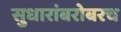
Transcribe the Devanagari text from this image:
सुधारांबरोबरच